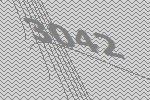
3042